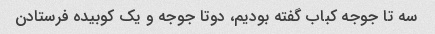
سه تا جوجه کباب گفته بودیم، دوتا جوجه و یک کوبیده فرستادن